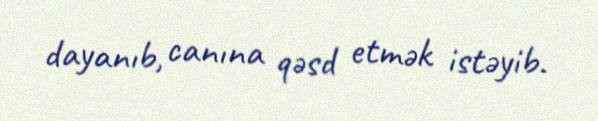
dayanıb, canına qəsd etmək istəyib.